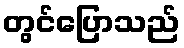
တွင်ပြောသည်